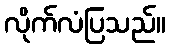
လိုက်လံပြသည်။